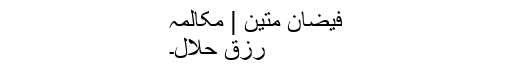
فیضان متین | مکالمہ
رزقِ حلال۔